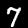
Label: 7